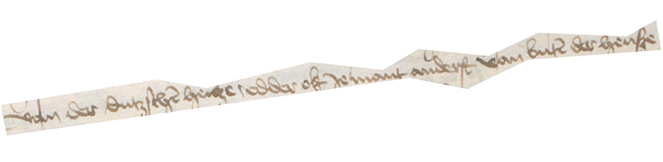
van der dutzschen henze, edder ok Jemant anderst van buten der hense